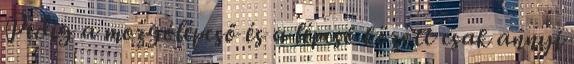
Pedig a mozgólépcső és a lépcső között csak annyi